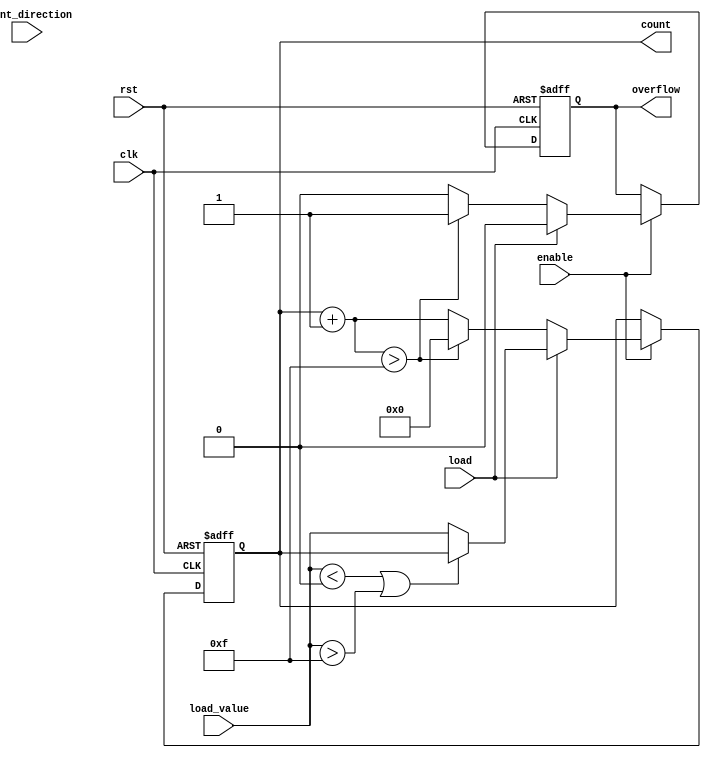
module parameterized_counter #(
    parameter WIDTH = 4,               // Number of bits for the counter
    parameter MIN_VALUE = 0,           // Minimum count value
    parameter MAX_VALUE = (1 << WIDTH) - 1, // Maximum count value
    parameter COUNT_MODE = 0            // Counting mode: 0=Up, 1=Down, 2=Up/Down
)(
    input wire clk,                     // Clock signal
    input wire rst,                     // Active-high reset
    input wire enable,                  // Enable counting
    input wire count_direction,         // Count direction for up/down mode
    input wire load,                    // Load new value
    input wire [WIDTH-1:0] load_value,  // Value to load into the counter
    output reg [WIDTH-1:0] count,      // Current count value
    output reg overflow                 // Overflow signal
);

    // Internal signal to track the next count value
    reg [WIDTH-1:0] next_count;

    always @(posedge clk or posedge rst) begin
        if (rst) begin
            count <= MIN_VALUE;          // Reset to minimum value
            overflow <= 0;               // Clear overflow
        end else if (!enable) begin
            // Retain current value if not enabled
            count <= count;
        end else if (load) begin
            // Load new value if load signal is active
            if (load_value < MIN_VALUE || load_value > MAX_VALUE) begin
                count <= count;          // Retain current value if load_value is out of bounds
            end else begin
                count <= load_value;     // Load the new value
            end
            overflow <= 0;                // Clear overflow
        end else begin
            // Determine next count value based on counting mode
            case (COUNT_MODE)
                0: begin // Count Up
                    next_count = count + 1;
                    if (next_count > MAX_VALUE) begin
                        next_count = MIN_VALUE; // Wrap around
                        overflow <= 1;          // Set overflow
                    end else begin
                        overflow <= 0;          // Clear overflow
                    end
                end
                1: begin // Count Down
                    next_count = count - 1;
                    if (next_count < MIN_VALUE) begin
                        next_count = MAX_VALUE; // Wrap around
                        overflow <= 1;          // Set overflow
                    end else begin
                        overflow <= 0;          // Clear overflow
                    end
                end
                2: begin // Up/Down Mode
                    if (count_direction) begin
                        next_count = count + 1;
                        if (next_count > MAX_VALUE) begin
                            next_count = MIN_VALUE; // Wrap around
                            overflow <= 1;          // Set overflow
                        end else begin
                            overflow <= 0;          // Clear overflow
                        end
                    end else begin
                        next_count = count - 1;
                        if (next_count < MIN_VALUE) begin
                            next_count = MAX_VALUE; // Wrap around
                            overflow <= 1;          // Set overflow
                        end else begin
                            overflow <= 0;          // Clear overflow
                        end
                    end
                end
                default: begin
                    next_count = count; // Default case, retain current count
                    overflow <= 0;      // Clear overflow
                end
            endcase
            count <= next_count; // Update count with next count value
        end
    end

endmodule